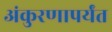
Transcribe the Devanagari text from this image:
अंकुरणापर्यंत